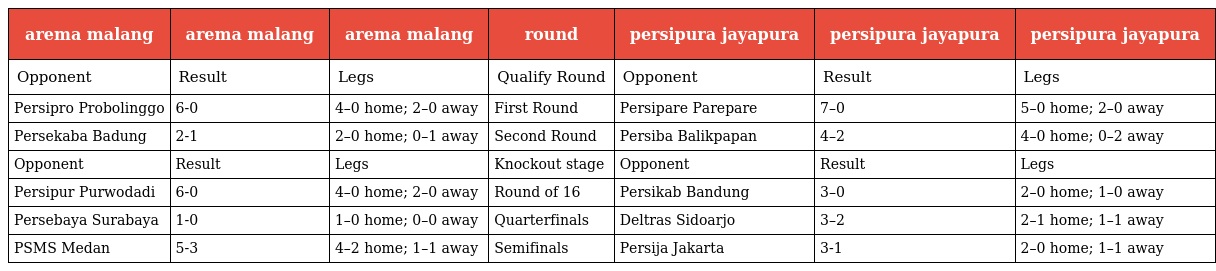
| arema malang | arema malang | arema malang | round | persipura jayapura | persipura jayapura | persipura jayapura |
 | --- | --- | --- | --- | --- | --- | --- |
 | Opponent | Result | Legs | Qualify Round | Opponent | Result | Legs |
 | Persipro Probolinggo | 6-0 | 4–0 home; 2–0 away | First Round | Persipare Parepare | 7–0 | 5–0 home; 2–0 away |
 | Persekaba Badung | 2-1 | 2–0 home; 0–1 away | Second Round | Persiba Balikpapan | 4–2 | 4–0 home; 0–2 away |
 | Opponent | Result | Legs | Knockout stage | Opponent | Result | Legs |
 | Persipur Purwodadi | 6-0 | 4–0 home; 2–0 away | Round of 16 | Persikab Bandung | 3–0 | 2–0 home; 1–0 away |
 | Persebaya Surabaya | 1-0 | 1–0 home; 0–0 away | Quarterfinals | Deltras Sidoarjo | 3–2 | 2–1 home; 1–1 away |
 | PSMS Medan | 5-3 | 4–2 home; 1–1 away | Semifinals | Persija Jakarta | 3-1 | 2–0 home; 1–1 away |